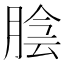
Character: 𦜲